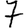
Digit: 7